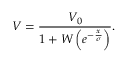
V = { \frac { V _ { 0 } } { 1 + W \left( e ^ { - { \frac { x } { \sigma } } } \right) } } .